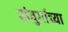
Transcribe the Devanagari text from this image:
हांबुर्गाच्या